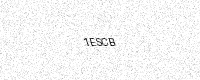
Text: 1ESCB